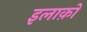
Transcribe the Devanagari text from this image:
इलाक़ो